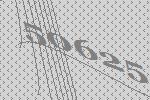
50625